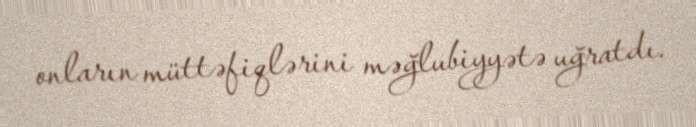
onların müttəfiqlərini məğlubiyyətə uğratdı.